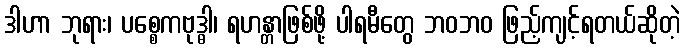
ဒါဟာ ဘုရား၊ ပစ္စေကဗုဒ္ဓါ၊ ရဟန္တာဖြစ်ဖို့ ပါရမီတွေ ဘဝဘဝ ဖြည့်ကျင့်ရတယ်ဆိုတဲ့